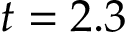
t = 2 . 3